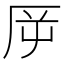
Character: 𠩋